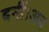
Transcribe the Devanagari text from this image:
बनीं।अब